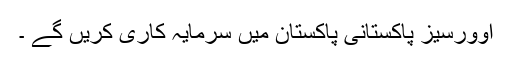
اوورسیز پاکستانی پاکستان میں سرمایہ کاری کریں گے ۔